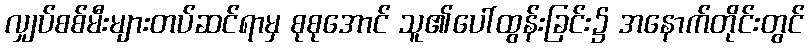
လျှပ်စစ်မီးများတပ်ဆင်ရာမှ စုစုအောင် သူ၏ပေါ်ထွန်းခြင်း၌ အနောက်တိုင်းတွင်